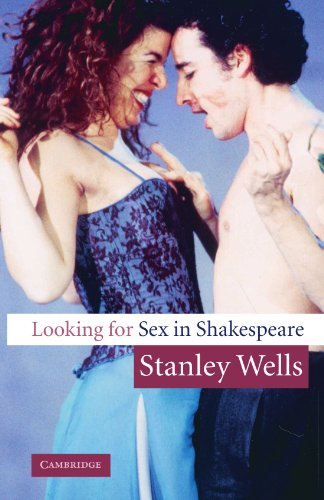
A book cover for Looking for Sex in Shakespeare; Stanley Wells; Literature & Fiction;